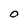
Character: O